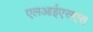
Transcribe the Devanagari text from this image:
एलआईएसएस